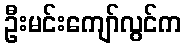
ဦးမင်းကျော်လွင်က